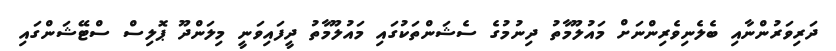
ދަރިވަރުންނާއި ބެލެނިވެރިންނަށް މައުލޫމާތު ދިނުމުގެ ސެޝަންތަކުގައި މައުލޫމާތު ދީފައިވަނީ މިލަންދޫ ޕޮލިސް ސްޓޭޝަންގައި